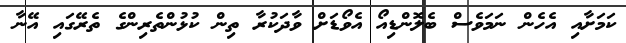
ކަމަށާއި އެހެން ނަމަވެސް ބެލޮންޑިއޯ އެވޯޑަށް ވާދަކުރާ ތިން ކުޅުންތެރިންގެ ތެރޭގައި އޭނާ